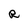
Character: R